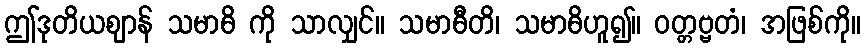
ဤဒုတိယဈာန် သမာဓိ ကို သာလျှင်။ သမာဓီတိ၊ သမာဓိဟူ၍။ ဝတ္တဗ္ဗတံ၊ အဖြစ်ကို။